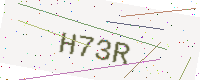
Text: H73R